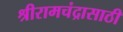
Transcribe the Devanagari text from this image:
श्रीरामचंद्रासाठी